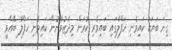
ގިނަ ބަޔަކު ކައިވެނި ހަފްލާގައި ބައިވެރި ކުރަން މިދެޒުވާނުން ކައިވެނި ހަފްލާ ބޭއްވީ